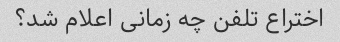
اختراع تلفن چه زمانی اعلام شد؟